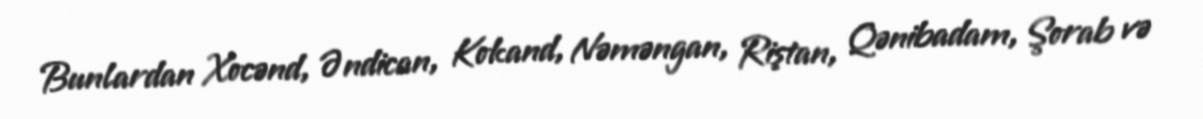
Bunlardan Xocənd, Əndican, Kokand, Nəməngan, Riştan, Qənibadam, Şorab və